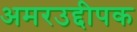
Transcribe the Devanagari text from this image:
अमरउद्दीपक